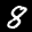
Label: 8